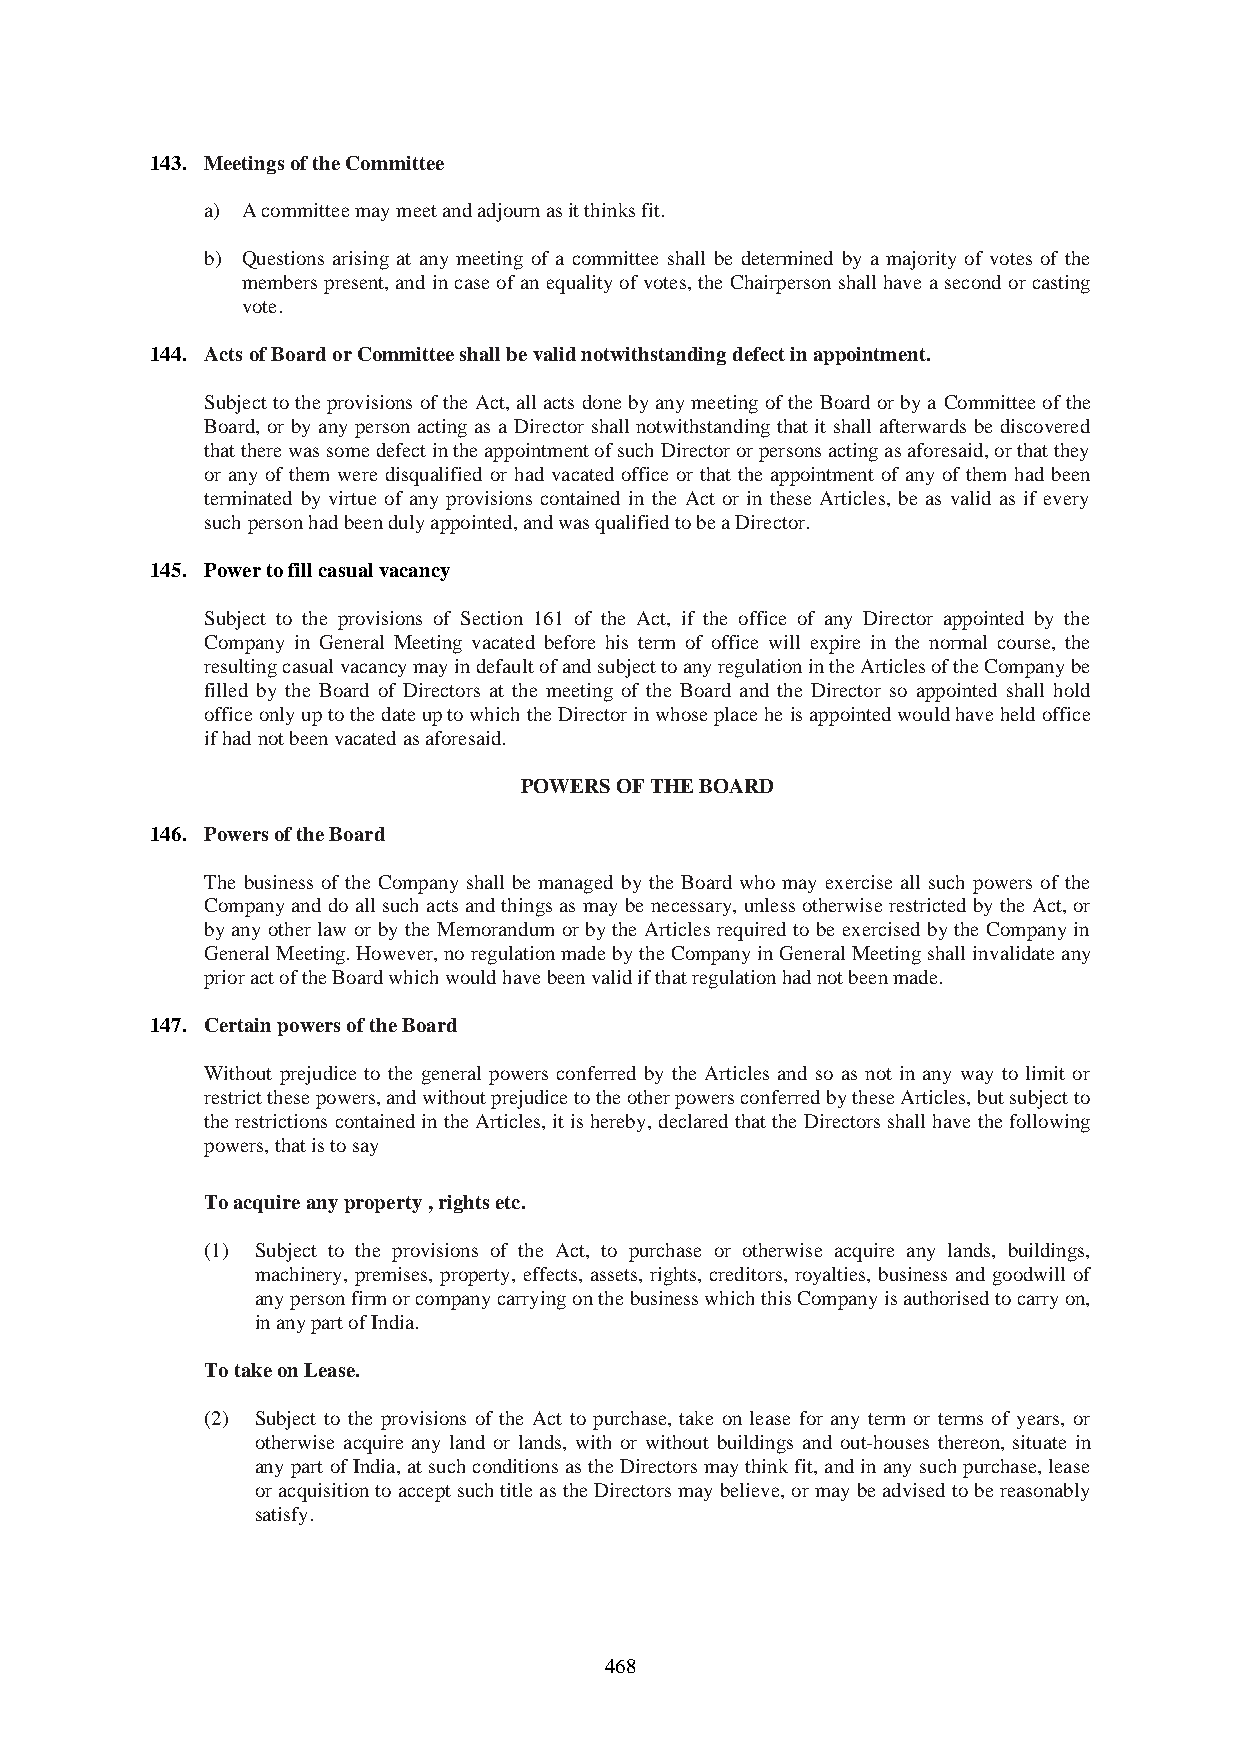
143. Meetings of the Committee
 a) A committee may meet and adjourn as it thinks fit.
 b) Questions arising at any meeting of a committee shall be determined by a majority of votes of the
 members present, and in case of an equality of votes, the Chairperson shall have a second or casting
 vote.
 144. Acts of Board or Committee shall be valid notwithstanding defect in appointment.
 Subject to the provisions of the Act, all acts done by any meeting of the Board or by a Committee of the
 Board, or by any person acting as a Director shall notwithstanding that it shall afterwards be discovered
 that there was some defect in the appointment of such Director or persons acting as aforesaid, or that they
 or any of them were disqualified or had vacated office or that the appointment of any of them had been
 terminated by virtue of any provisions contained in the Act or in these Articles, be as valid as if every
 such person had been duly appointed, and was qualified to be a Director.
 145. Power to fill casual vacancy
 Subject to the provisions of Section 161 of the Act, if the office of any Director appointed by the
 Company in General Meeting vacated before his term of office will expire in the normal course, the
 resulting casual vacancy may in default of and subject to any regulation in the Articles of the Company be
 filled by the Board of Directors at the meeting of the Board and the Director so appointed shall hold
 office only up to the date up to which the Director in whose place he is appointed would have held office
 if had not been vacated as aforesaid.
 POWERS OF THE BOARD
 146. Powers of the Board
 The business of the Company shall be managed by the Board who may exercise all such powers of the
 Company and do all such acts and things as may be necessary, unless otherwise restricted by the Act, or
 by any other law or by the Memorandum or by the Articles required to be exercised by the Company in
 General Meeting. However, no regulation made by the Company in General Meeting shall invalidate any
 prior act of the Board which would have been valid if that regulation had not been made.
 147. Certain powers of the Board
 Without prejudice to the general powers conferred by the Articles and so as not in any way to limit or
 restrict these powers, and without prejudice to the other powers conferred by these Articles, but subject to
 the restrictions contained in the Articles, it is hereby, declared that the Directors shall have the following
 powers, that is to say
 To acquire any property , rights etc.
 (1) Subject to the provisions of the Act, to purchase or otherwise acquire any lands, buildings,
 machinery, premises, property, effects, assets, rights, creditors, royalties, business and goodwill of
 any person firm or company carrying on the business which this Company is authorised to carry on,
 in any part of India.
 To take on Lease.
 (2) Subject to the provisions of the Act to purchase, take on lease for any term or terms of years, or
 otherwise acquire any land or lands, with or without buildings and out-houses thereon, situate in
 any part of India, at such conditions as the Directors may think fit, and in any such purchase, lease
 or acquisition to accept such title as the Directors may believe, or may be advised to be reasonably
 satisfy.
 468